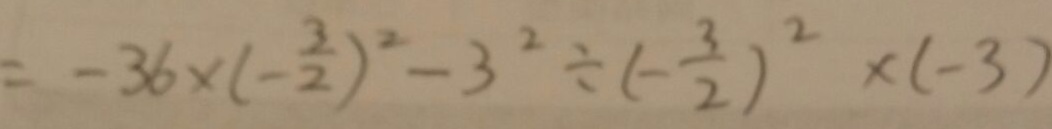
= - 3 6 \times ( - \frac { 3 } { 2 } ) ^ { 2 } - 3 ^ { 2 } \div ( - \frac { 3 } { 2 } ) ^ { 2 } \times ( - 3 )